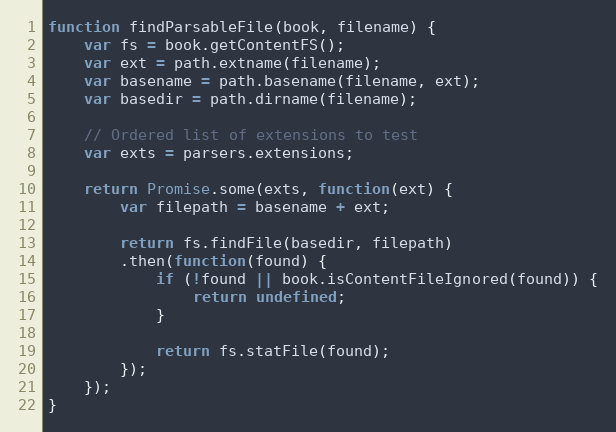
Language: JavaScript
function findParsableFile(book, filename) {
    var fs = book.getContentFS();
    var ext = path.extname(filename);
    var basename = path.basename(filename, ext);
    var basedir = path.dirname(filename);

    // Ordered list of extensions to test
    var exts = parsers.extensions;

    return Promise.some(exts, function(ext) {
        var filepath = basename + ext;

        return fs.findFile(basedir, filepath)
        .then(function(found) {
            if (!found || book.isContentFileIgnored(found)) {
                return undefined;
            }

            return fs.statFile(found);
        });
    });
}